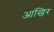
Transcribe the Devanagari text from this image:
आंखिर